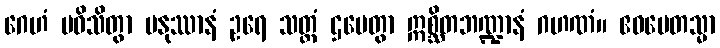
ဂေဟံ ပဝိသိတွာ မနုဿာနံ ဥရေ သတ္ထံ ဌပေတွာ ဣစ္ဆိတဘဏ္ဍာနံ ဂဟဏံ။ ဧဝမေတသ္မာ